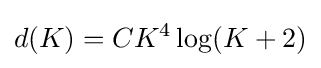
d(K)=CK^{4}\log(K+2)